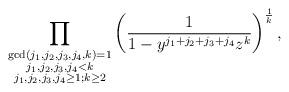
LaTeX: \begin{align*} \prod_{\substack{\gcd(j_1,j_2,j_3,j_4,k)=1 \\ j_1,j_2,j_3,j_4<k \\ j_1,j_2,j_3,j_4\geq 1; k \geq 2}} \left(\frac{1}{1-y^{j_1+j_2+j_3+j_4}z^k} \right)^{\frac{1}{k}},\end{align*}